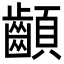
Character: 𩖁